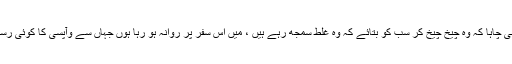
اس کا جی چاہا کہ وہ چیخ چیخ کر سب کو بتائے کہ وہ غلط سمجھ رہے ہیں ، میں اس سفر پر روانہ ہو رہا ہوں جہاں سے وآپسی کا کوئی رستہ نہیں ۔